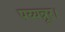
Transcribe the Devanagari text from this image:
पय्यन्नूर।